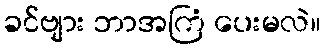
ခင်ဗျား ဘာအကြံ ပေးမလဲ။